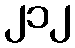
၂၁၂